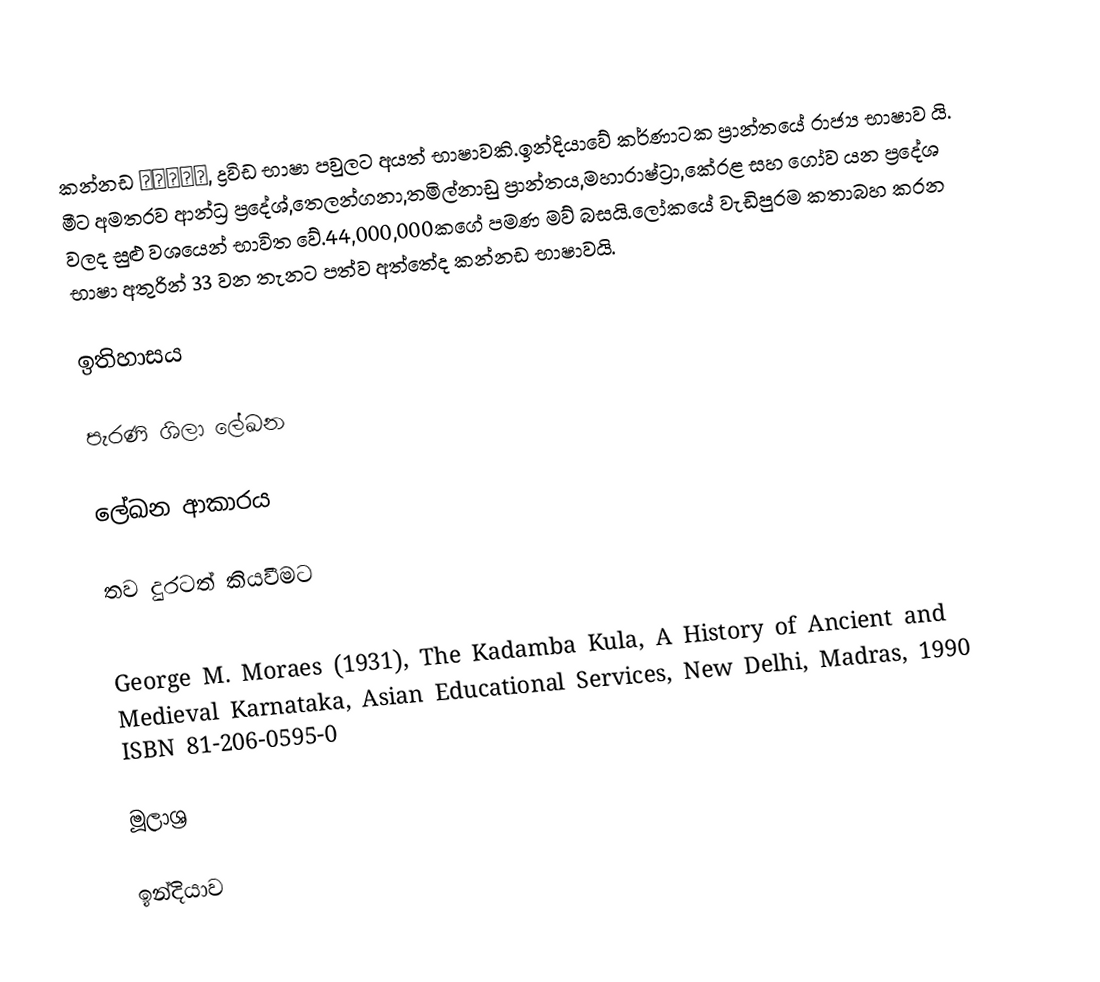
කන්නඩ ಕನ್ನಡ, ද්‍රවිඩ භාෂා පවුලට අයත් භාෂාවකි.ඉන්දියාවේ කර්ණාටක ප්‍රාන්තයේ රාජ්‍ය භාෂාව යි. මීට අමතරව ආන්ධ්‍ර ප්‍රදේශ්,තෙලන්ගනා,තමිල්නාඩු ප්‍රාන්තය,මහාරාෂ්ට්‍රා,කේරළ සහ ගෝව යන ප්‍රදේශ වලද සුළු වශයෙන් භාවිත වේ.44,000,000කගේ පමණ මව් බසයි.ලෝකයේ වැඩිපුරම කතාබහ කරන භාෂා අතුරින් 33 වන තැනට පත්ව අත්තේද කන්නඩ භාෂාවයි.

ඉතිහාසය

පැරණි ශිලා ලේඛන

ලේඛන ආකාරය

තව දුරටත් කියවීමට

 George M. Moraes (1931), The Kadamba Kula, A History of Ancient and Medieval Karnataka, Asian Educational Services, New Delhi, Madras, 1990 ISBN 81-206-0595-0

මූලාශ්‍ර

ඉන්දියාව